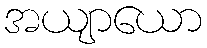
အယျာယော